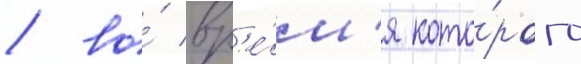
/ во́ вр'е́м'я кото́рого